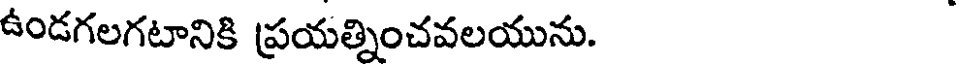
ఉండగలగటానికి ప్రయత్నించవలయును.